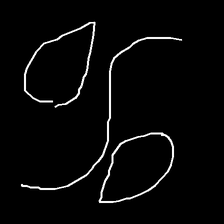
Glyph: water